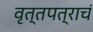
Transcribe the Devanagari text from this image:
वृत्तपत्राचं